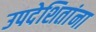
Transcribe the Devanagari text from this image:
उपदेशितांना